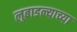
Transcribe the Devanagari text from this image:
लुबाडल्याच्या